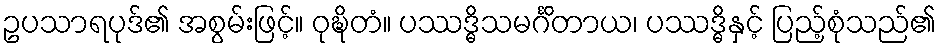
ဥပသာရပုဒ်၏ အစွမ်းဖြင့်။ ဝုဍ္ဎိတံ။ ပဿဒ္ဓိသမင်္ဂိတာယ၊ ပဿဒ္ဓိနှင့် ပြည့်စုံသည်၏